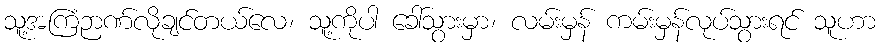
သူ့အကြံဉာဏ်လိုချင်တယ်လေ၊ သူ့ကိုပါ ခေါ်သွားမှာ၊ လမ်းမှန် ကမ်းမှန်လုပ်သွားရင် သူဟာ